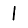
Digit: 1